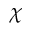
\chi